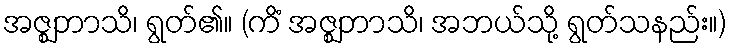
အဇ္ဈဘာသိ၊ ရွတ်၏။ (ကိံ အဇ္ဈဘာသိ၊ အဘယ်သို့ ရွတ်သနည်း။)